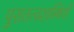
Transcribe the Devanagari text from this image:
पुरातत्‍वशास्त्रियों